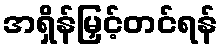
အရှိန်မြှင့်တင်ရန်